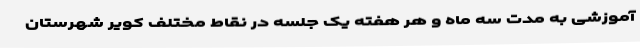
آموزشی به مدت سه ماه و هر هفته یک جلسه در نقاط مختلف کویر شهرستان